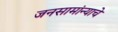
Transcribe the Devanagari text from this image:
जनसामांन्याचे